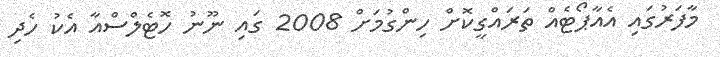
މާފަރުގައި އެއާޕޯޓެއް ތަރައްގީކޮށް ހިންގުމަށް 2008 ގައި ނޫނު ހޮޓެލްސްއާ އެކު ހެދި